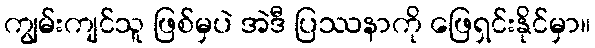
ကျွမ်းကျင်သူ ဖြစ်မှပဲ အဲဒီ ပြဿနာကို ဖြေရှင်းနိုင်မှာ။